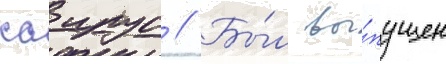
саирус // Бы́л вы́пущен